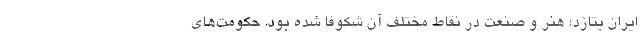
ایران بتازد؛ هنر و صنعت در نقاط مختلف آن شکوفا شده بود. حکومت‌های